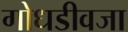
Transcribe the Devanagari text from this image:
गोधडीवजा